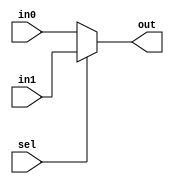
module STwoToOne_8 (sel, in0, in1, out);
  input sel;
  input [7:0] in0, in1;
  output reg [7:0] out;

	always @(sel, in0, in1) begin
		if (sel == 0)
		begin
			out <= in0;
		end
		else
		begin
			out <= in1;	  
		end
	//$display($time," MuxOut: %b",out);
	end
endmodule